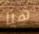
هيا